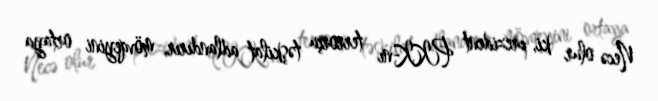
Necə olur ki, prezident PKK-nı terrorçu təşkilat adlandırır, mövqeyini ortaya